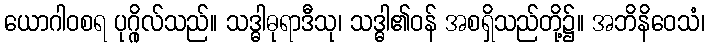
ယောဂါဝစရ ပုဂ္ဂိုလ်သည်။ သဒ္ဓါဓုရာဒီသု၊ သဒ္ဓါ၏ဝန် အစရှိသည်တို့၌။ အဘိနိဝေသံ၊